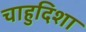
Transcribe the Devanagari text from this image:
चाहुदिशा